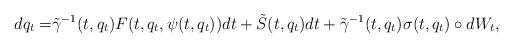
LaTeX: \begin{align*}dq_t=&\tilde\gamma^{-1}(t,q_t)F(t,q_t,\psi(t,q_t))dt+\tilde S(t,q_t)dt+\tilde\gamma^{-1}(t,q_t)\sigma(t,q_t)\circ dW_t,\end{align*}